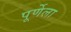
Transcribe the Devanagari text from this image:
पूर्णेला